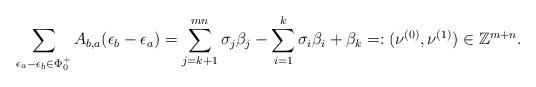
LaTeX: \begin{align*}\begin{aligned}\sum_{\epsilon_a-\epsilon_b\in\Phi^+_0}A_{b,a}(\epsilon_b-\epsilon_a)= \sum_{j=k+1}^{mn}{\sigma_j} {\beta_j}- \sum_{i=1}^{k}{\sigma_i}{\beta_i} +{\beta_k}=:(\nu^{(0)},\nu^{(1)})\in\mathbb Z^{m+n}.\end{aligned}\end{align*}